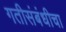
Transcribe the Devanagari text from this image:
गतीसंबंधीचा